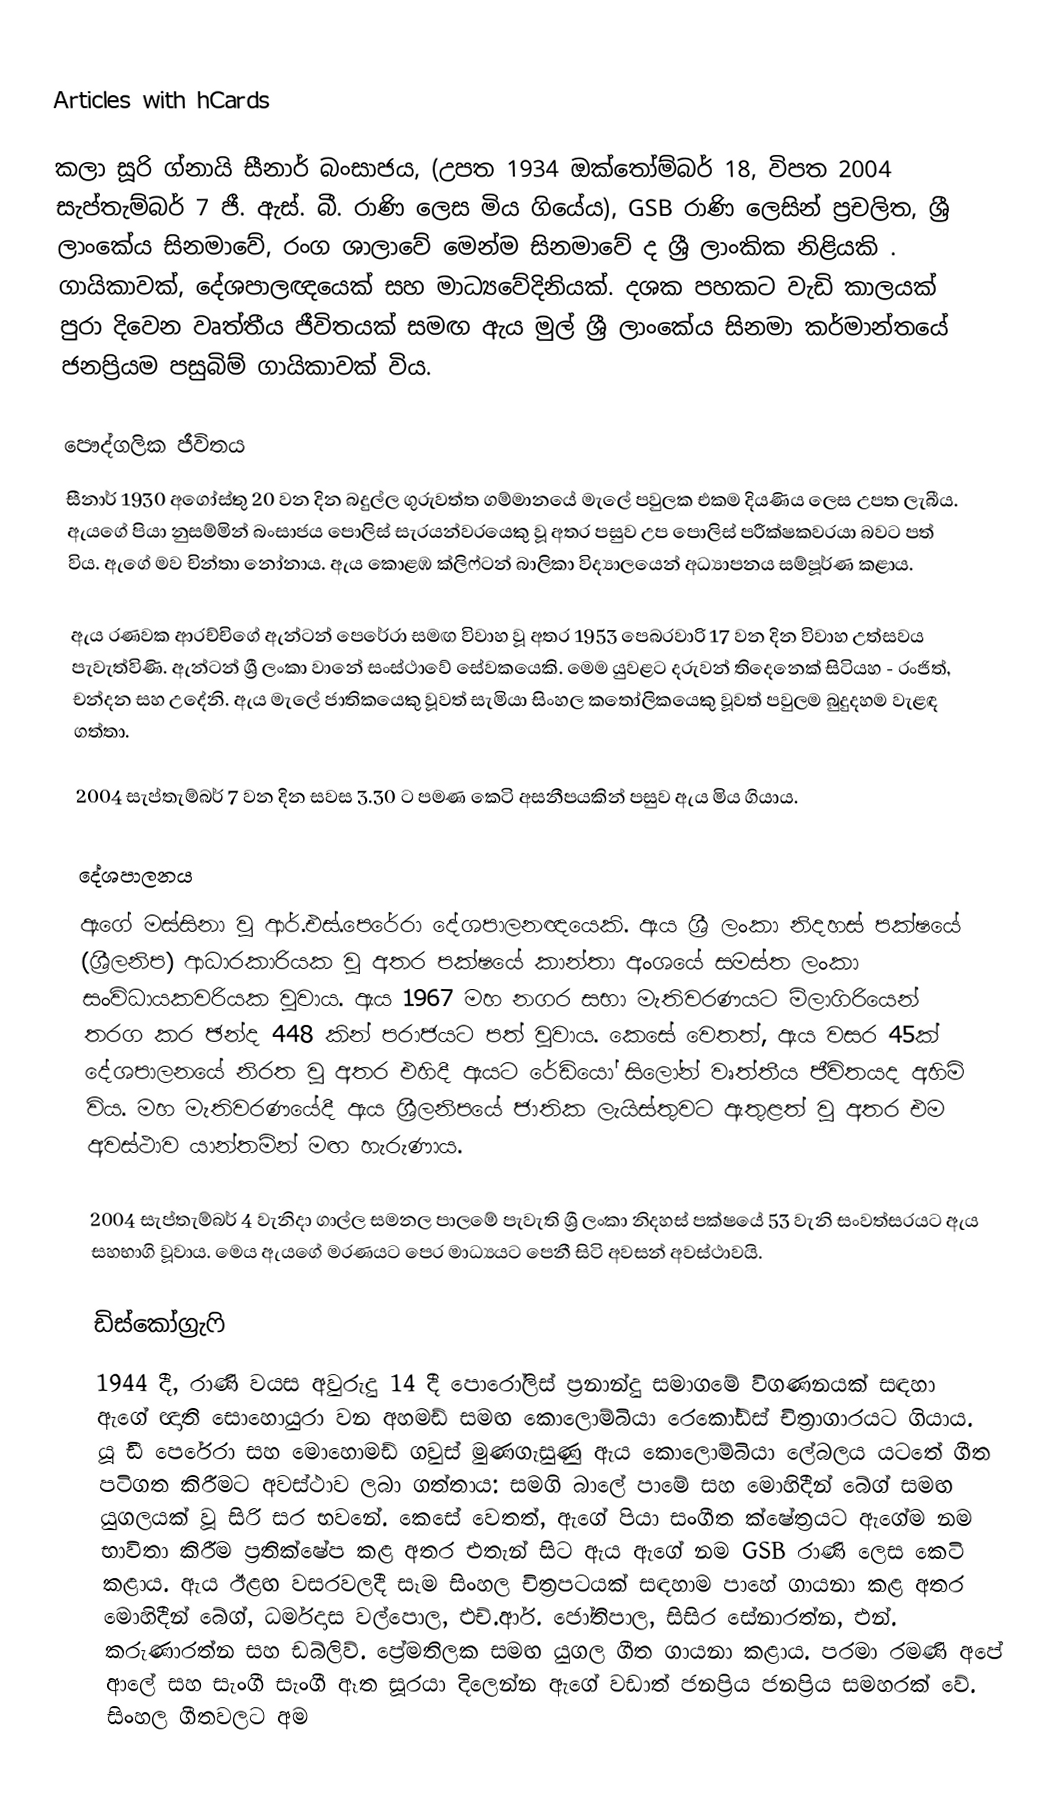
Articles with hCards

කලා සූරි  ග්නායි සීනාර් බංසාජය, (උපත 1934 ඔක්තෝම්බර් 18, විපත 2004 සැප්තැම්බර් 7 ජී. ඇස්. බී. රාණි ලෙස මිය ගියේය), GSB රාණි ලෙසින් ප්‍රචලිත, ශ්‍රී ලාංකේය සිනමාවේ, රංග ශාලාවේ මෙන්ම සිනමාවේ ද ශ්‍රී ලාංකික නිළියකි . ගායිකාවක්, දේශපාලඥයෙක් සහ මාධ්‍යවේදිනියක්.  දශක පහකට වැඩි කාලයක් පුරා දිවෙන වෘත්තීය ජීවිතයක් සමඟ ඇය මුල් ශ්‍රී ලාංකේය සිනමා කර්මාන්තයේ ජනප්‍රියම පසුබිම් ගායිකාවක් විය.

පෞද්ගලික ජීවිතය
සීනාර් 1930 අගෝස්තු 20 වන දින බදුල්ල ගුරුවත්ත ගම්මානයේ මැලේ පවුලක එකම දියණිය ලෙස උපත ලැබීය.  ඇයගේ පියා නුසම්මින් බංසාජය පොලිස් සැරයන්වරයෙකු වූ අතර පසුව උප පොලිස් පරීක්ෂකවරයා බවට පත් විය. ඇගේ මව චින්තා නෝනාය.  ඇය කොළඹ ක්ලිෆ්ටන් බාලිකා විද්‍යාලයෙන් අධ්‍යාපනය සම්පූර්ණ කළාය.

ඇය රණවක ආරච්චිගේ ඇන්ටන් පෙරේරා සමඟ විවාහ වූ අතර 1953 පෙබරවාරි 17 වන දින විවාහ උත්සවය පැවැත්විණි. ඇන්ටන් ශ්‍රී ලංකා වානේ සංස්ථාවේ සේවකයෙකි.  මෙම යුවළට දරුවන් තිදෙනෙක් සිටියහ - රංජිත්, චන්දන සහ උදේනි. ඇය මැලේ ජාතිකයෙකු වූවත් සැමියා සිංහල කතෝලිකයෙකු වූවත් පවුලම බුදුදහම වැළඳ ගත්තා.

2004 සැප්තැම්බර් 7 වන දින සවස 3.30 ට පමණ කෙටි අසනීපයකින් පසුව ඇය මිය ගියාය.

දේශපාලනය
ඇගේ මස්සිනා වූ ආර්.එස්.පෙරේරා දේශපාලනඥයෙකි. ඇය ශ්‍රී ලංකා නිදහස් පක්ෂයේ (ශ්‍රීලනිප) ආධාරකාරියක වූ අතර පක්ෂයේ කාන්තා අංශයේ සමස්ත ලංකා සංවිධායකවරියක වූවාය.  ඇය 1967 මහ නගර සභා මැතිවරණයට මිලාගිරියෙන් තරග කර ඡන්ද 448 කින් පරාජයට පත් වූවාය.  කෙසේ වෙතත්, ඇය වසර 45ක් දේශපාලනයේ නිරත වූ අතර එහිදී ඇයට රේඩියෝ සිලෝන් වෘත්තීය ජීවිතයද අහිමි විය. මහ මැතිවරණයේදී ඇය ශ්‍රීලනිපයේ ජාතික ලැයිස්තුවට ඇතුළත් වූ අතර එම අවස්ථාව යාන්තමින් මඟ හැරුණාය.

2004 සැප්තැම්බර් 4 වැනිදා ගාල්ල සමනල පාලමේ පැවැති ශ්‍රී ලංකා නිදහස් පක්ෂයේ 53 වැනි සංවත්සරයට ඇය සහභාගි වූවාය. මෙය ඇයගේ මරණයට පෙර මාධ්‍යයට පෙනී සිටි අවසන් අවස්ථාවයි.

ඩිස්කෝග්‍රැෆි
1944 දී, රාණි වයස අවුරුදු 14 දී පොරෝලිස් ප්‍රනාන්දු සමාගමේ විගණනයක් සඳහා ඇගේ ඥාති සොහොයුරා වන අහමඩ් සමඟ කොලොම්බියා රෙකෝඩ්ස් චිත්‍රාගාරයට ගියාය.  යූ ඩී පෙරේරා සහ මොහොමඩ් ගවුස් මුණගැසුණු ඇය කොලොම්බියා ලේබලය යටතේ ගීත පටිගත කිරීමට අවස්ථාව ලබා ගත්තාය: සමගි බාලේ පාමේ සහ මොහිදීන් බේග් සමඟ යුගලයක් වූ සිරි සර භවනේ.  කෙසේ වෙතත්, ඇගේ පියා සංගීත ක්ෂේත්‍රයට ඇගේම නම භාවිතා කිරීම ප්‍රතික්ෂේප කළ අතර එතැන් සිට ඇය ඇගේ නම GSB රාණි ලෙස කෙටි කළාය. ඇය ඊළඟ වසරවලදී සෑම සිංහල චිත්‍රපටයක් සඳහාම පාහේ ගායනා කළ අතර මොහිදීන් බේග්, ධර්මදාස වල්පොල, එච්.ආර්. ජෝතිපාල, සිසිර සේනාරත්න, එන්. කරුණාරත්න සහ ඩබ්ලිව්. ප්‍රේමතිලක සමඟ යුගල ගීත ගායනා කළාය.  පරමා රමණි අපේ ආලේ සහ සැංගී සැංගී ඈත සූරයා දිලෙන්න ඇගේ වඩාත් ජනප්‍රිය ජනප්‍රිය සමහරක් වේ.  සිංහල ගීතවලට අම